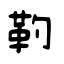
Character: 靮